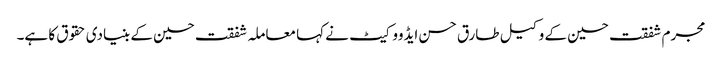
مجرم شفقت حسین کے وکیل طارق حسن ایڈووکیٹ نے کہا معاملہ شفقت حسین کے بنیادی حقوق کا ہے۔